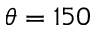
\theta = 1 5 0